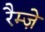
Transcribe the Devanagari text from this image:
रैम्ज़े